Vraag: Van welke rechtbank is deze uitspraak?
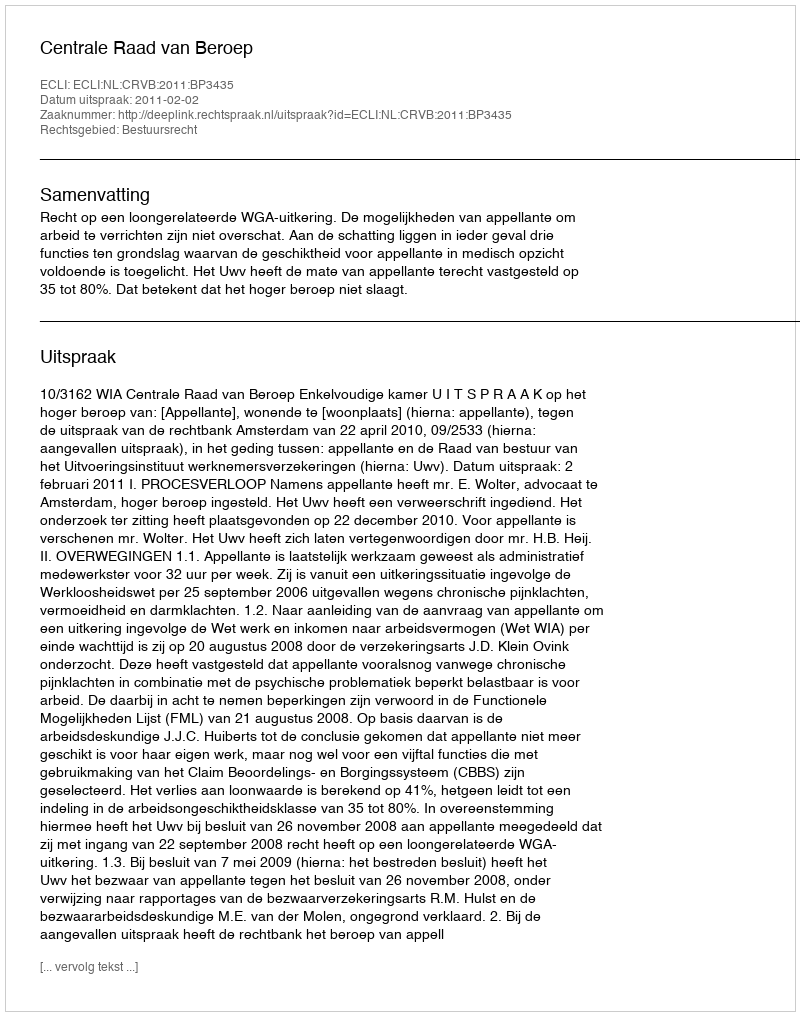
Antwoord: Centrale Raad van Beroep